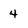
Character: 4